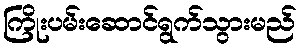
ကြိုးပမ်းဆောင်ရွက်သွားမည်